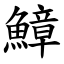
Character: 鱆